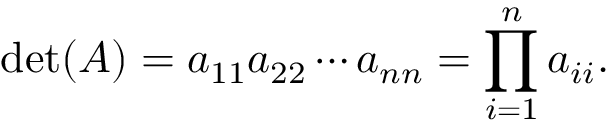
\operatorname* { d e t } ( A ) = a _ { 1 1 } a _ { 2 2 } \cdots a _ { n n } = \prod _ { i = 1 } ^ { n } a _ { i i } .